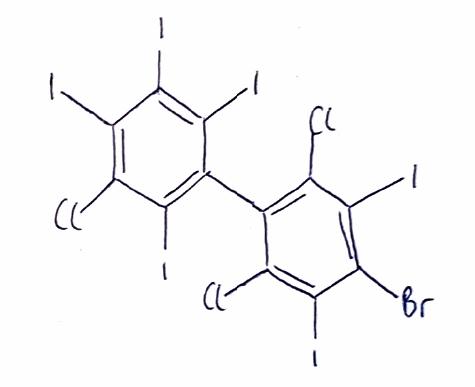
Simplified molecular-input line-entry system (SMILES) notation of the given molecule:
C1(=C(C(=C(C(=C1Cl)I)Br)I)Cl)C2=C(C(=C(C(=C2I)I)I)Cl)I